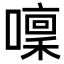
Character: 𡀫